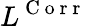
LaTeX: L^{\mathrm{~C~o~r~r~}}